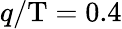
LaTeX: q/\mathrm{T}=0.4